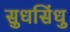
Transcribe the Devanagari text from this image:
सुधसिंधु